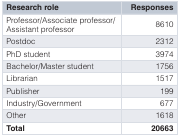
| Research role | Responses |
 | --- | --- |
 | Professor/Associate professor/Assistant professor | 8610 |
 | Postdoc | 2312 |
 | PhD student | 3974 |
 | Bachelor/Master student | 1756 |
 | Librarian | 1517 |
 | Publisher | 199 |
 | Industry/Government | 677 |
 | Other | 1618 |
 | Total | 20663 |